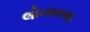
લોનાવલા